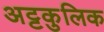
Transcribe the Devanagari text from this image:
अट्टकुलिक